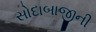
સોદાબાજીની